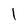
Character: 1